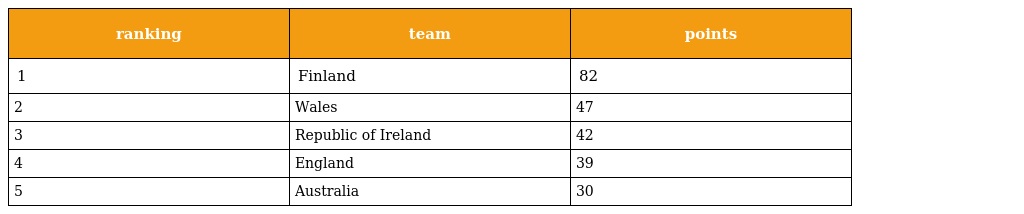
| ranking | team | points |
 | --- | --- | --- |
 | 1 | Finland | 82 |
 | 2 | Wales | 47 |
 | 3 | Republic of Ireland | 42 |
 | 4 | England | 39 |
 | 5 | Australia | 30 |